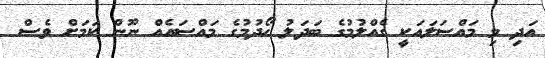
އަދި މި މައްސަލައަކީ ގެއްލުމުގެ ބަދަލު ހޯދުމުގެ މައްސައެއް ނޫން ކަމަށް ވެސް